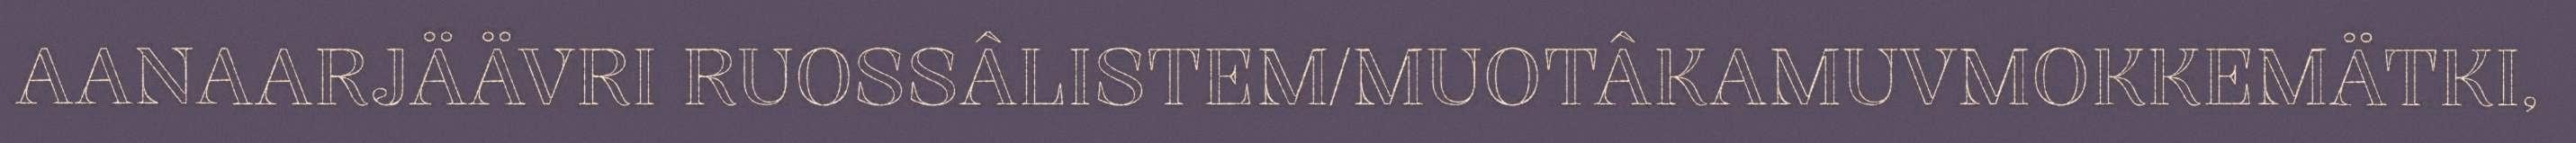
AANAARJÄÄVRI RUOSSÂLISTEM/MUOTÂKAMUVMOKKEMÄTKI,